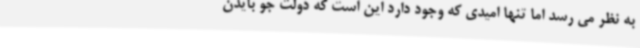
به نظر می رسد اما تنها امیدی که وجود دارد این است که دولت جو بایدن